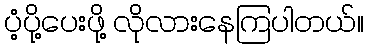
ပံ့ပို့ပေးဖို့ လိုလားနေကြပါတယ်။